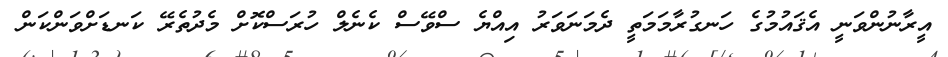
އީރާނުންވަނީ އެޤައުމުގެ ހަނގުރާމަމަތީ ދެމަނަވަރު އިއްޔެ ސްވޭސް ކެނެލް ހުރަސްކޮށް މެދުތެރޭ ކަނޑަށްވަންކަން